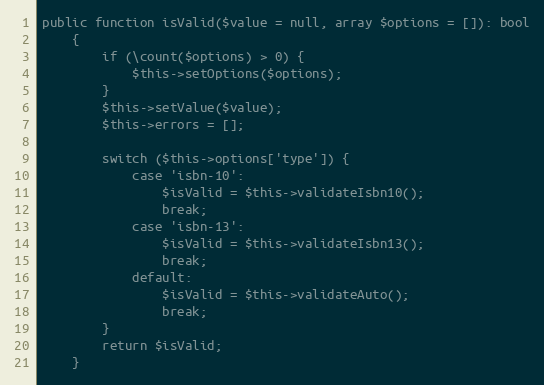
Language: PHP
public function isValid($value = null, array $options = []): bool
    {
        if (\count($options) > 0) {
            $this->setOptions($options);
        }
        $this->setValue($value);
        $this->errors = [];

        switch ($this->options['type']) {
            case 'isbn-10':
                $isValid = $this->validateIsbn10();
                break;
            case 'isbn-13':
                $isValid = $this->validateIsbn13();
                break;
            default:
                $isValid = $this->validateAuto();
                break;
        }
        return $isValid;
    }